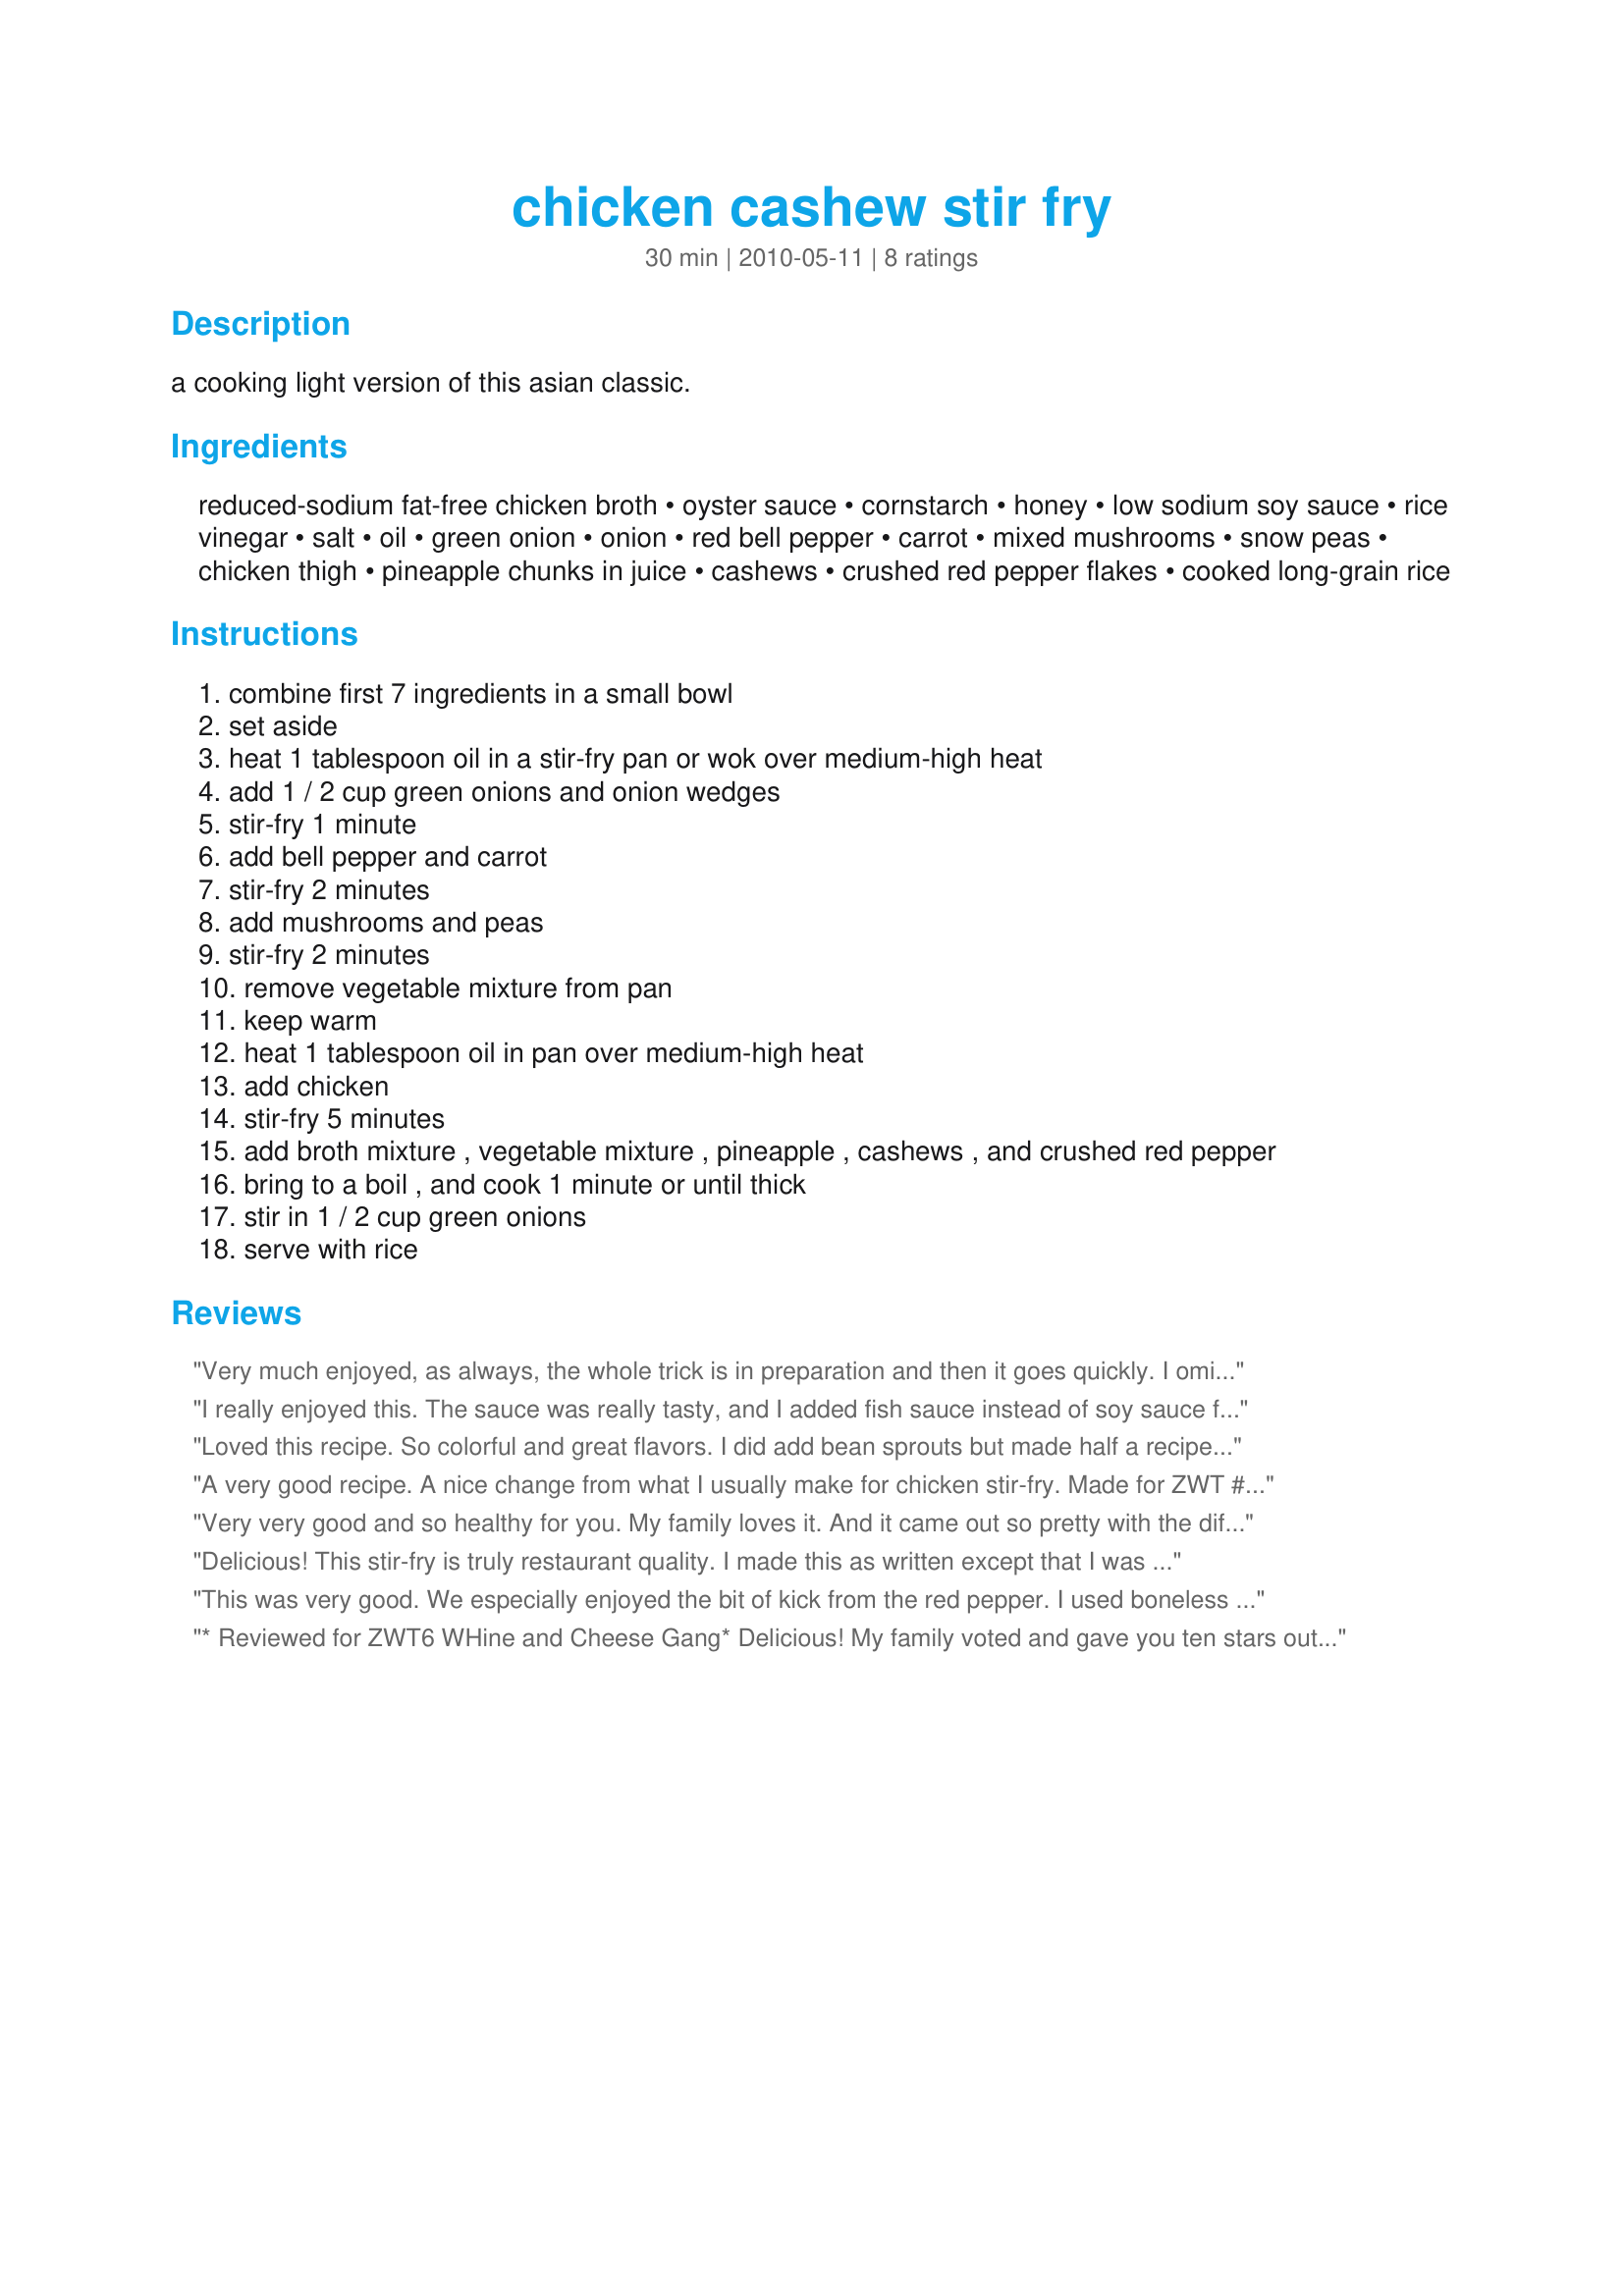
chicken cashew stir fry
Preparation time: 30 minutes

a cooking light version of this asian classic.

Ingredients:
reduced-sodium fat-free chicken broth, oyster sauce, cornstarch, honey, low sodium soy sauce, rice vinegar, salt, oil, green onion, onion, red bell pepper, carrot, mixed mushrooms, snow peas, chicken thigh, pineapple chunks in juice, cashews, crushed red pepper flakes, cooked long-grain rice

Steps:
combine first 7 ingredients in a small bowl
set aside
heat 1 tablespoon oil in a stir-fry pan or wok over medium-high heat
add 1 / 2 cup green onions and onion wedges
stir-fry 1 minute
add bell pepper and carrot
stir-fry 2 minutes
add mushrooms and peas
stir-fry 2 minutes
remove vegetable mixture from pan
keep warm
heat 1 tablespoon oil in pan over medium-high heat
add chicken
stir-fry 5 minutes
add broth mixture , vegetable mixture , pineapple , cashews , and crushed red pepper
bring to a boil , and cook 1 minute or until thick
stir in 1 / 2 cup green onions
serve with rice

Reviews:
Very much enjoyed, as always, the whole trick is in preparation and then it goes quickly. I omitted the mushrooms since I'm not wild about them, and I served on Chinese noodles since we've been eating a lot of rice recently and felt like a change. Oh, I didnt add the extra salt! Lovely recipe, thanks for sharing, Jan, made for PRMR tag game
I really enjoyed this. The sauce was really tasty, and I added fish sauce instead of soy sauce for more of that sweet, &quot;fishy&quot; flavor. I loved the pineapples and mixed mushrooms in this as well. I served everything over ramen- yum. [Made &amp; Reviewed for PAC]
Loved this recipe. So colorful and great flavors. I did add bean sprouts but made half a recipe for the two of us. Perfect.
A very good recipe. A nice change from what I usually make for chicken stir-fry. Made for ZWT #6 2010.
Very very good and so healthy for you. My family loves it. And it came out so pretty with the different colors of the vegetables. I misread and used hoisin sauce instead of oyster sauce but it is still to die for. Thank you for sharing the recipe.
Delicious! This stir-fry is truly restaurant quality. I made this as written except that I was very generous with my vegetable measurements, using more than called for in the recipe. I used a mix of white, shiitake, and cremini mushrooms and omitted the salt in the broth mixture. I had everything cut up and ready to go before starting to cook, so this dish went together in a hurry. My family loved this and gave it 2-thumbs up. Thank you for sharing this fantastic recipe...it is a keeper!!
*Made for ZWT6 Xtra Hot Dishes*
This was very good. We especially enjoyed the bit of kick from the red pepper. I used boneless chicken breasts and celery. Did not use mushrooms or pineapple just due to personal preference. I used sugar snap peas instead of snow peas. I did not have oyster sauce, so just used hoisin sauce. Will definitely make this again. Thanks for sharing!
* Reviewed for ZWT6 WHine and Cheese Gang* Delicious! My family voted and gave you ten stars out of 5! Very, very good stir-fry. A lovely mild sauce with loads of veges....just the way I like it. I didn't add the 1/2 teaspoon of salt and didn't miss the salt at all. Perfect recipe with clear instructions. I used gluten-free Stock and sauces to make this meal gluten-free suitable. Thanks for a great dinner Jan :) Photo also to be posted.
